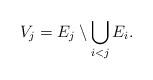
LaTeX: \begin{align*}V_j = E_j \setminus \bigcup_{i<j} E_i.\end{align*}